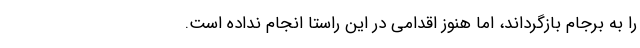
را به برجام بازگرداند، اما هنوز اقدامی در این راستا انجام نداده است.